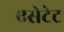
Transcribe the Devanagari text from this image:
एसेटेट